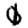
Digit: 0